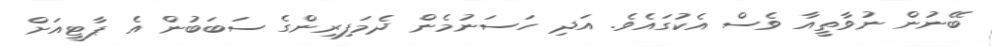
ބޭނުން ނުވާތީއާ ވެސް އެކުގައެވެ. އަދި ހަސަނުމެން ދެމަފިރިންގެ ސަބަބުން އެ ޕާޓީއަށް